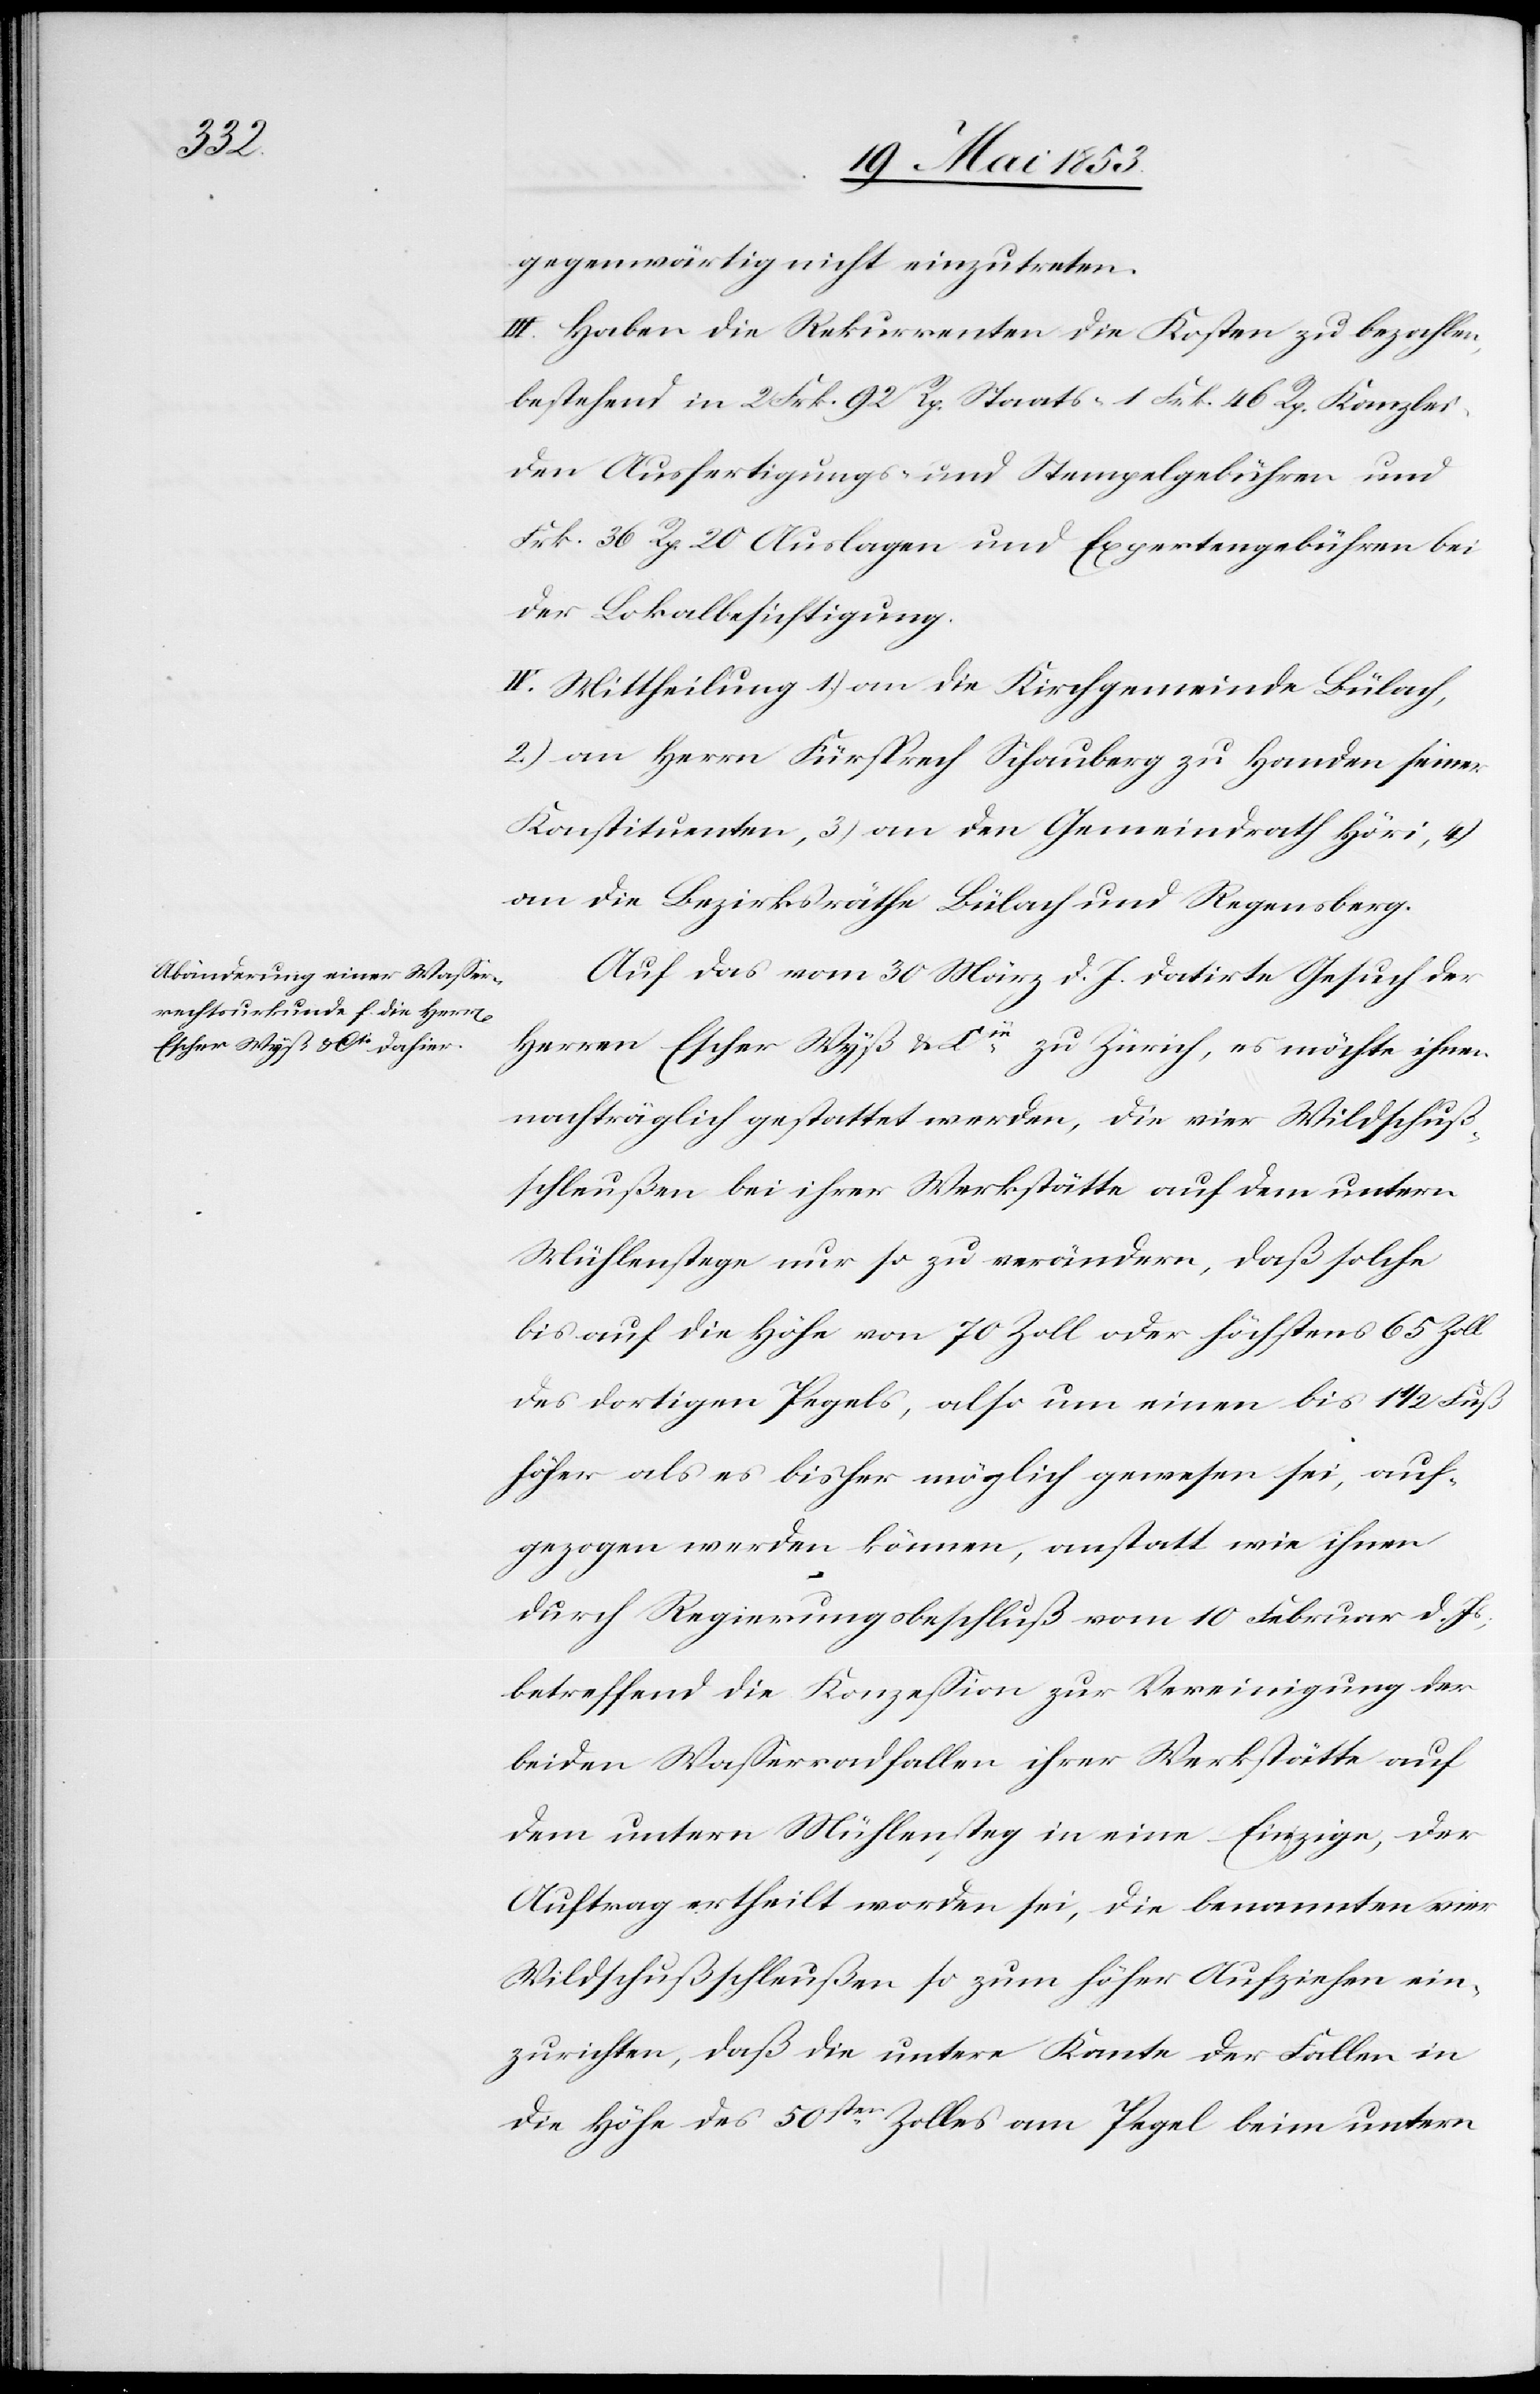
gegenwärtig nicht einzutreten.
III. Haben die Rekurrenten die Kosten zu bezahlen,
bestehend in 2 Frk. 92 Rp. Staats- 1. Frk. 46 Rp. Kanzlei-
den Ausfertigungs- u. Stempelgebühren und
Frk. 36 Rp. 20 Auslagen und Expertengebühren bei
der Lokalbesichtigung.
IV. Mittheilung 1) an die Kirchgemeinde Bülach,
2) an Herrn Fürsprech Schauberg zu Handen seiner
Konstituenten, 3) an den Gemeindrath Höri, 4)
an die Bezirksräthe Bülach und Regensberg.
Auf das vom 30 März d. J. datirte Gesuch der
Herrn Escher Wyß u. Cié zu Zürich, es möchte ihnen
nachträglich gestattet werden, die vier Wildschuß¬
schleußen bei ihrer Werkstätte auf dem untern
Mühlenstege nur so zu verändern, daß solche
bis auf die Höhe von 70 Zoll oder höchstens 65 Zoll
des dortigen Pegels, also um einen bis auf
höher als es bisher möglich gewesen sei, auf¬
gezogen werden können, anstatt wie ihnen
durch Regierungsbeschluß vom 10 Februar d. Js.,
betreffend die Konzeßion zur Vereinigung der
beiden Waßerradfalen ihrer Werkstätte auf
dem untern Mühlensteg in eine Einzige, der
Auftrag ertheilt worden sei, die benannten vier
Wildschußschleußen so zum höher Aufziehen ein¬
zurichten, daß die untere Kante der Fallen in
die Höhe des 50sten Zolles am Pegel beim untern